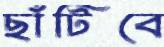
ছাঁটিবে